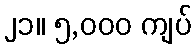
၂၁။ ၅,၀၀၀ ကျပ်